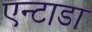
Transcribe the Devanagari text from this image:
एन्टाडा